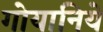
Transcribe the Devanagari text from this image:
गोयानिये